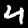
Label: 4